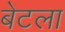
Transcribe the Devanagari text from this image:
बेटला